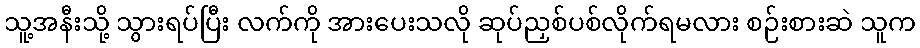
သူ့အနီးသို့ သွားရပ်ပြီး လက်ကို အားပေးသလို ဆုပ်ညှစ်ပစ်လိုက်ရမလား စဉ်းစားဆဲ သူက